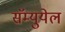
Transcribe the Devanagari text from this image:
सॅम्युयेल